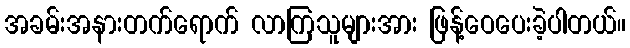
အခမ်းအနားတက်ရောက် လာကြသူများအား ဖြန့်ဝေပေးခဲ့ပါတယ်။